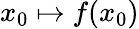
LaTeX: x_{0}\mapsto f(x_{0})